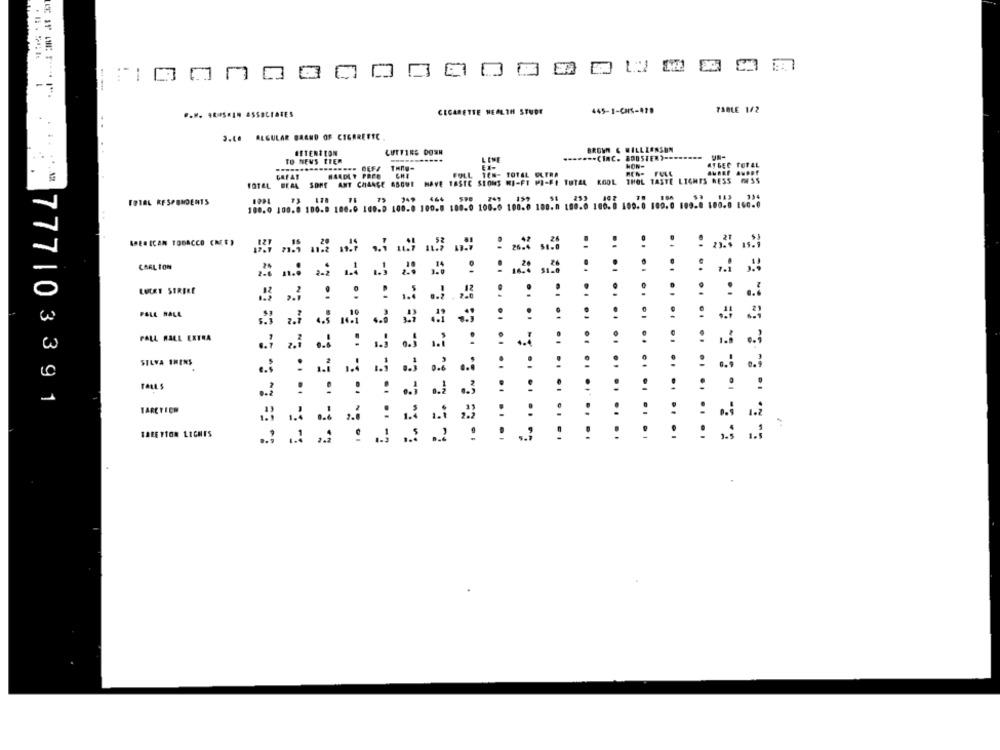
EA
1.3
-
-7
CIGARETTE HEALTH STUDY
445-1-CHS-979
7ABLE 1/2
3.6. ALGULAR BRAND OF CIGARETTE
CUTTING DOWN
BROWN & WILLZONSON
BSTENTION
LESE
.. CINC. BOOSTER) ===
UN-
TO NEUS TTER
HON-
ATGEC TOTAL
FOLL TEN- TOTAL OLTRA
TOTAL BEAL SONE ANT CHANGE ASOWE HAVE TASTE SIONS MI-FT MI-FI TOTAL KOOL THOL TASTE LIGHTS RESS MESS
GAFAS
CHE
TOTAL RESPONDENTS
.. .. .. .. .. É. .. . :
AMERICAN TOBACCO (NEE )
CARLTON
LUCKY STRIKE
.
..
POLL HALL
...
.. ..
..
: : 5 3
.. .. .. ..
.. ......
PALL MALL EXTRA
SILVA IMENS
..... .
....
..
.. 1
..
.1
777103391
TARE TECH
1.2
RAEE TION LICHES
....
.. .. .. .. ....
..... .
.. ....
.....